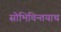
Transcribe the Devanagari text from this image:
सोभिचिन्तयाथ